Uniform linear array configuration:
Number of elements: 32
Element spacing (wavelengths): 0.75
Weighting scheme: hann
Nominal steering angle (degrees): -45
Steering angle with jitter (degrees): -44.628
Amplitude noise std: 0.05
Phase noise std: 0.05

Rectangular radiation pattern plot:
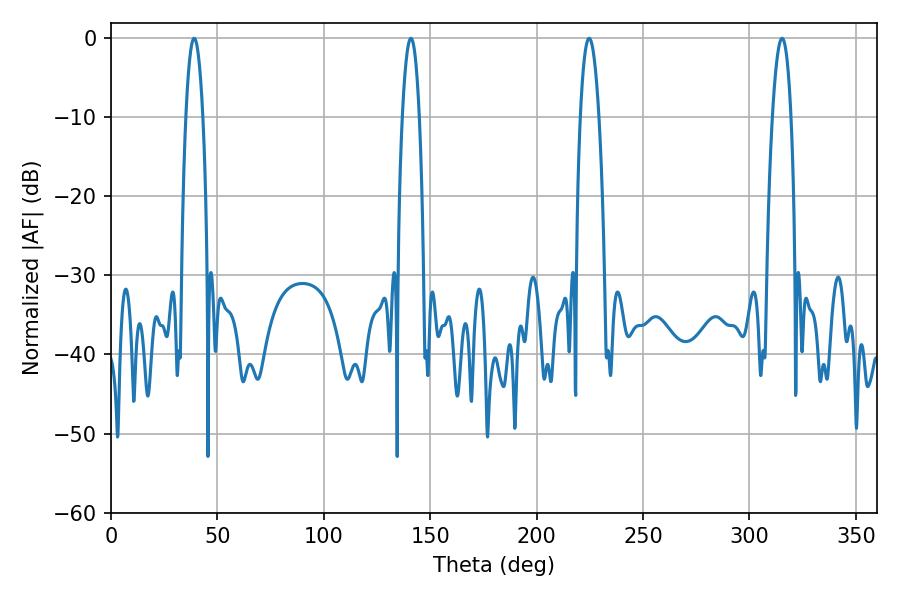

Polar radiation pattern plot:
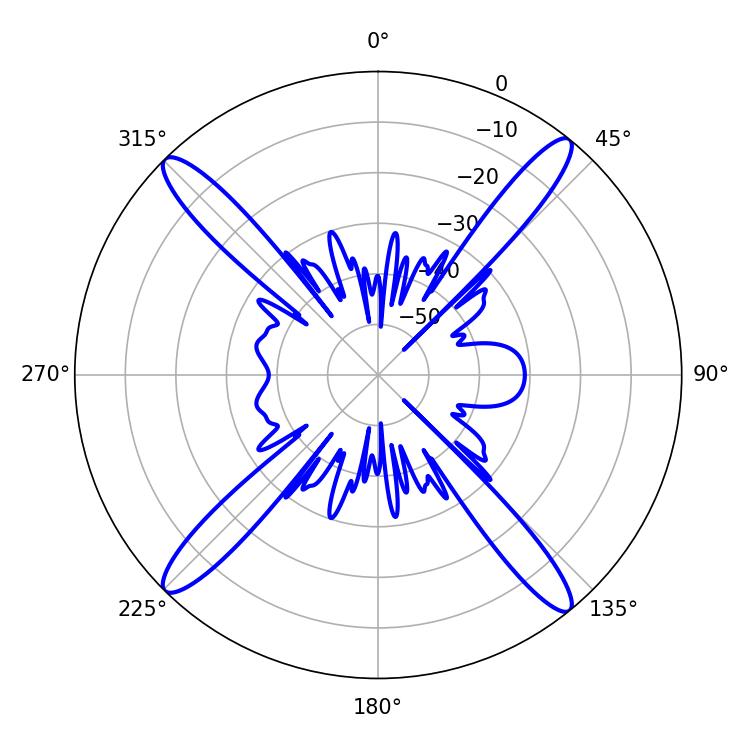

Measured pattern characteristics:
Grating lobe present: TRUE
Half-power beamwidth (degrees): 4.32
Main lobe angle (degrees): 39.06